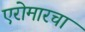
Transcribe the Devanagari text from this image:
एरोमारचा